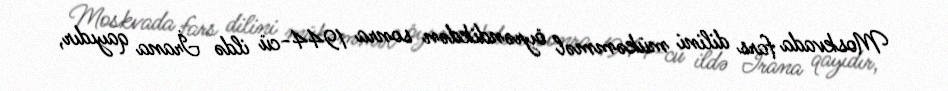
Moskvada fars dilini mükəmməl öyrəndikdən sonra 1944-cü ildə İrana qayıdır,